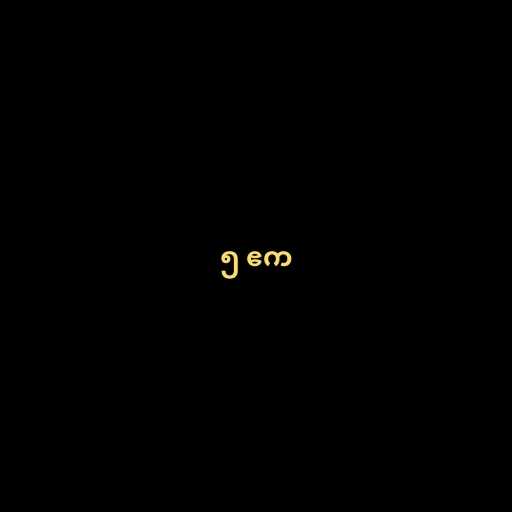
၅ ဧက